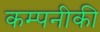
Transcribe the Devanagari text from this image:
कम्पनीकी